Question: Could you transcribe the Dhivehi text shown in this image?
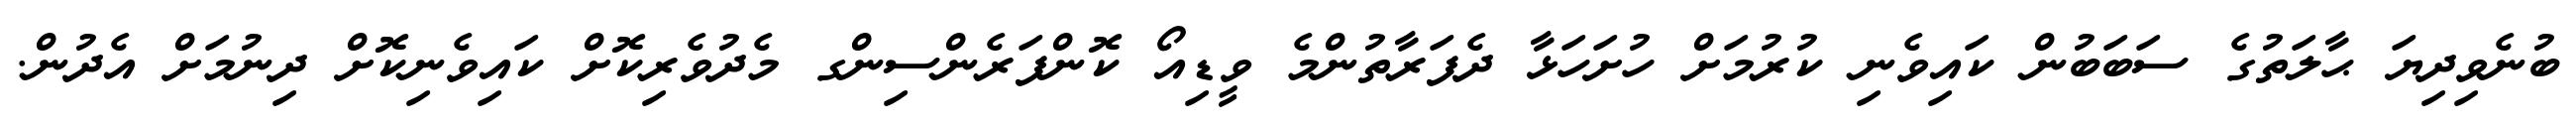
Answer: ބުނެވިދިޔަ ޙާލަތުގެ ސަބަބުން ކައިވެނި ކުރުމަށް ހުށަހަޅާ ދެފަރާތުންމެ ވީޑިއޯ ކޮންފަރެންސިންގ މެދުވެރިކޮށް ކައިވެނިކޮށް ދިނުމަށް އެދުން.